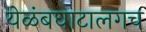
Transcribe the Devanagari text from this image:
येळंबघाटालगच